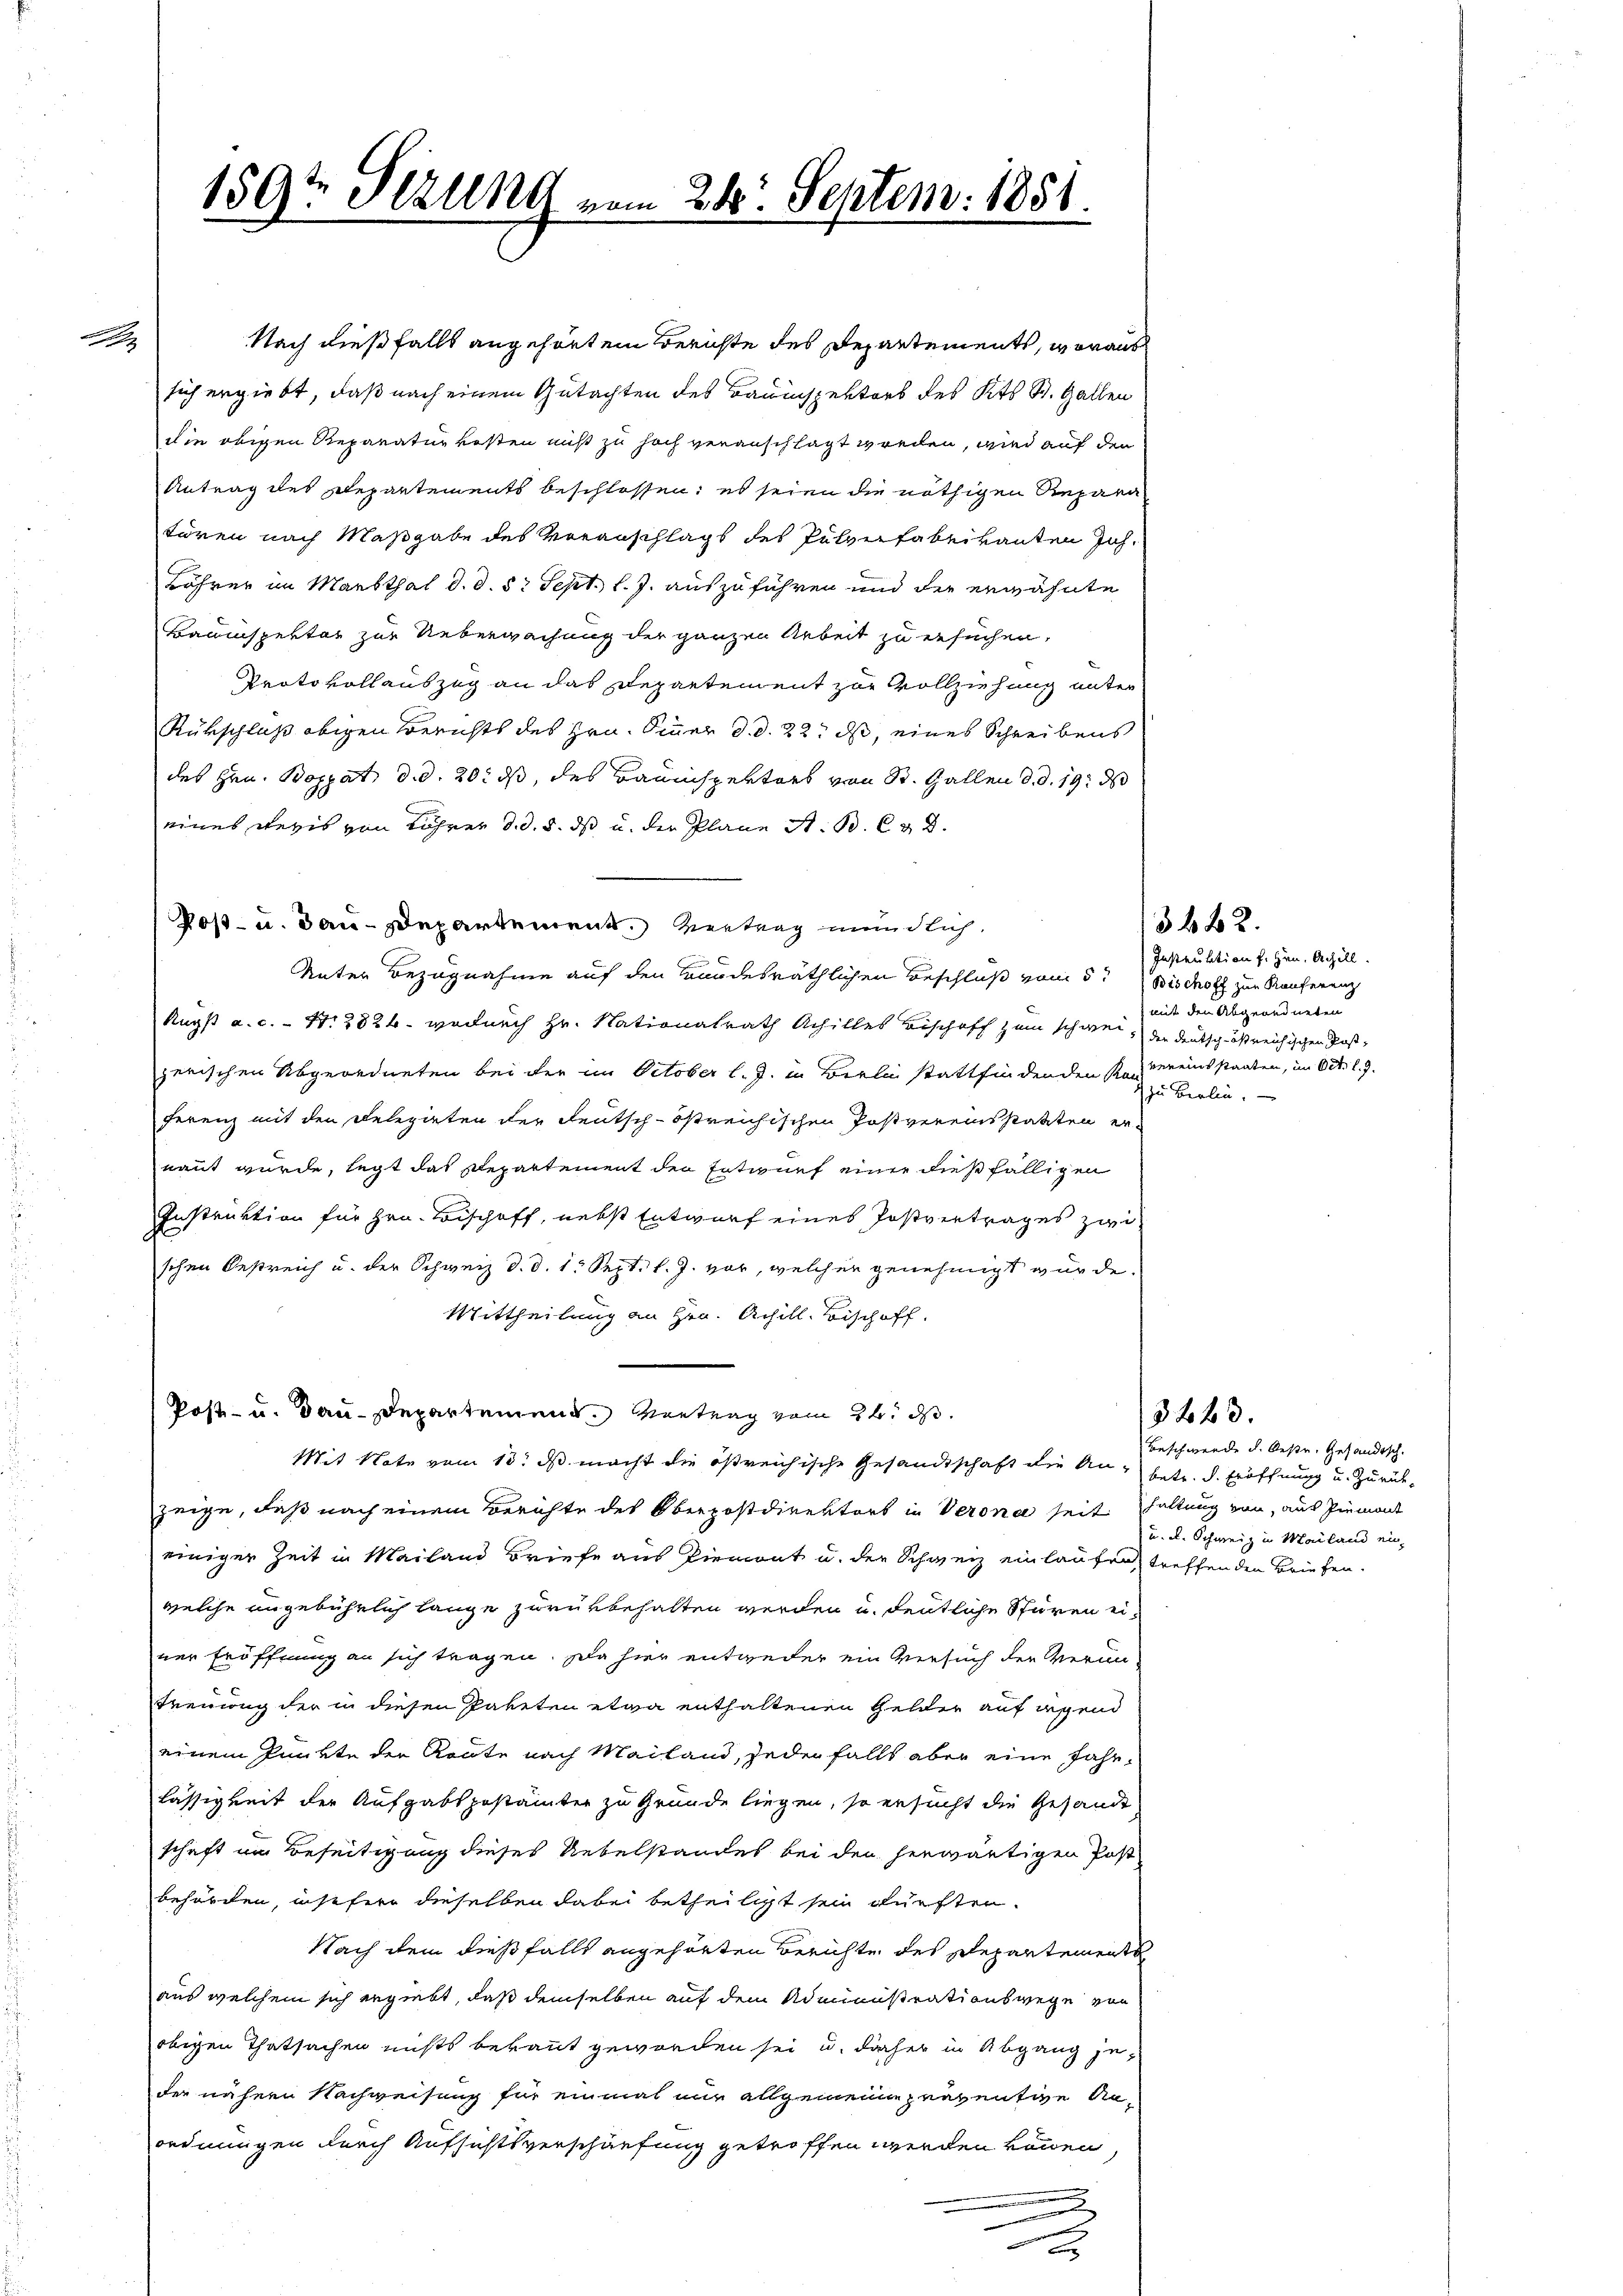
Nach dießfalls angehörtem Berichte des Departements, woraus
sich ergiebt, daß nach einem Gutachten des Bauinspektors des Kts. St. Gallen
die obigen Reparaturkosten nicht zu hoch veranschlagt werden, wird auf den
Antrag des Departements beschlossen: es seien die nöthigen Repara
tören nach Maßgabe des Veranschlags des Pulenfabrikanten Joh.
Böhrer im Markthal d. d. 5t Sept. l. J. auszuführen und die erwähnte
Bauinspektor zur Ueberwachung der ganzen Arbeit zu ersuchen,
Protokollauszug an das Departement zur Vollziehung unter
Rükschluß obigen Berichts des Hrn. Sinner d. d. 22. ds, eines Schreibens
des Hrn. Boppat, d. d. 20. ds, des Bauinspektors von St. Gallen d. d. 19. d
eines Revis von Lehrer d. d. 5. ds u. der Plane St. B. 632.
Poß- u. dau-Departement. Vertrag mündlich.
Unter Bezugnahme auf den Bandesräthlichen Beschluß vom 5t Bischolz zur Konferenz
Augst a. c. 47. 2824. wodurch Hr. Nationalrath Achilles Bischoff zum schwei- der Deutsch-ößreichischen Postzerischen Abgeordneten bei der im October l. J. in Berlin stattfindenden Kasereinsstaaten, im Oct. l. J.
ferenz mit den Delegirten der Deutsch-östreichischen Postvereinsstatten ernannt wurde, legt das Departement den Entwurf einer dießfälligen
Instruktion für Hrn. Bischoff, nebst Entwurf eines Postvertrages zwi-
sichen Oestreich u. der Schweiz d. d. 1. Sept. l. J. vor, welcher genehmigt würde.
Mittheilung an Hrn. Achill. Bischoff
Post- u. Bau-Departement. Vortrag vom 24. d.
Mit Note vom 13. ds. macht die östreichische Gesandtschaft die Anbetr. d. Eröffnung u. Zurückzeige, daß nach einem Berichte des Oberpostdirektors in Verone seit haltung von aus Piemont
einiger Zeit in Mailand Briefe aus Piemont u. der Schweiz einlaufen, treffenden Briefen.
welche angebührlich lange zurükbehalten werden u. deutliche Stüren einer Eröffnung an sich tragen. Da hier entweder ein Versuch der Verun¬
Freuung der in diesen Paketen etwa enthaltenen Gelder auf irgend
einem Punkte der Route nach Mailand, jeder falls aber eine Jahr-
lässigkeit der Aufgabs postämter zu Grunde liegen, so ersucht die Gesandt
schaft im Beseitigung dieses Uebelstandes bei den herwärtigen Post
behörden, instfern dieselben dabei betheiligt sein dürften.
Nach dem dießfalls angehörten Berichte des Departements
aus welchem sich ergiebt, daß demselben auf dem Administrationswege von
obigen Thatsachen nichts bekannt geworden sei u. daher in Abgang jeder nähern Nachweisung für einmal nur allgemeine peuventige An
ordnungen durch Aufsichtsverschärfung getroffen werden können,
.
x

159te Sitzung vom 24. Septem. 1851.

3 f 42
Instruktion f. Hrn. Achill.
) mit den Abgeordneten
zu Berlin.

3443.

Beschwerde d. Oestr. Gesandtsch.
u. a. Schweiz in Mailand ein